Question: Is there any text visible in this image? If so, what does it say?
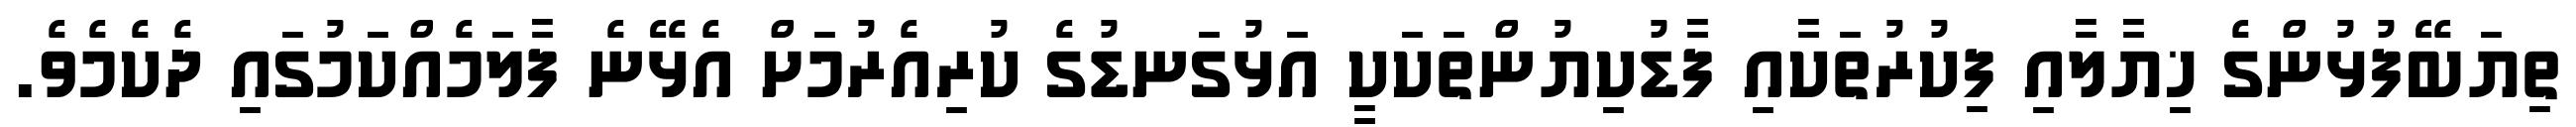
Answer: ތިޔަބޭފުޅުންގެ ޚިޔާލާއި ފިކުރުތަކާއި ފާޑުކިޔުންތަކަކީ އަޅުގަނޑުގެ ކުރިއެރުމަށް އެޅޭނެ ފާލަމެއްކަމުގައި ދެކެމެވެ.